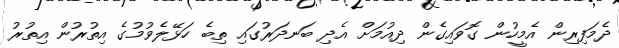
ދެމަފިރިން އެމީހުން ގޮވައިގެން ދިއުމަށް އެދި ބަނދަރުގައި ތިބެ ހަޅޭލެވުމުގެ އިތުރުން އިތުރު